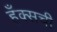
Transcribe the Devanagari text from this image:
हँक्सची